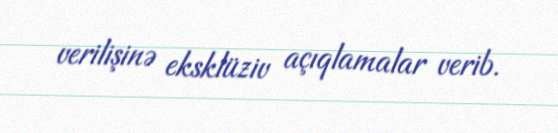
verilişinə eksklüziv açıqlamalar verib.